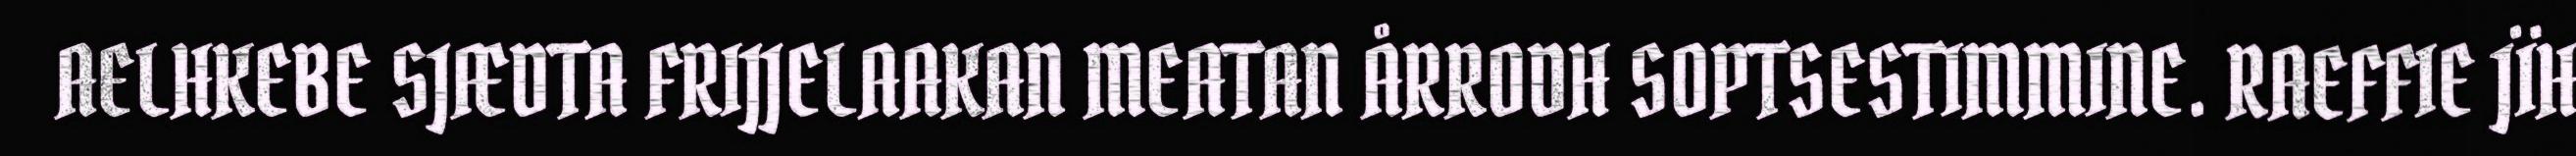
AELHKEBE SJÆDTA FRIJJELAAKAN MEATAN ÅRRODH SOPTSESTIMMINE. RAEFFIE JÏH